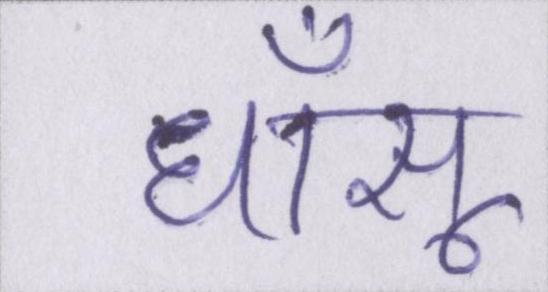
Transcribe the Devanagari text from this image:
धाँसू